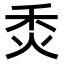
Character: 𤇫